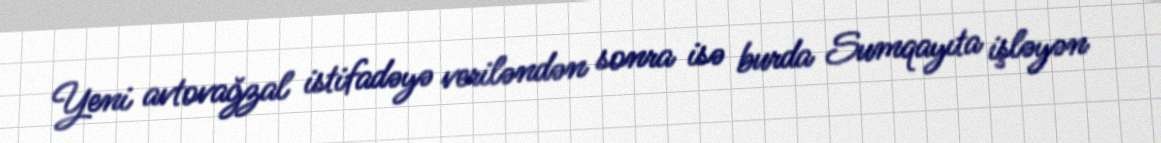
Yeni avtovağzal istifadəyə veriləndən sonra isə burda Sumqayıta işləyən